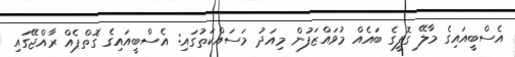
އެސްބީއައިގެ މާލޭ ގޮފީގެ ބައެެއް މުވައްޒަފުން މިއަދު މަސައްކަތުގައި: އެސްބީއައިގެ ގޮތްޕެއް ރާއްޖޭގައި